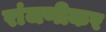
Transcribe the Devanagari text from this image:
रांजणीकर